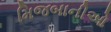
મિજબાનીઓ